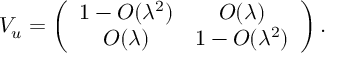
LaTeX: { \cal V } _ { u } = \left( \begin{array} { c c } { { 1 - O ( \lambda ^ { 2 } ) } } & { { O ( \lambda ) } } \\ { { O ( \lambda ) } } & { { 1 - O ( \lambda ^ { 2 } ) } } \end{array} \right) .